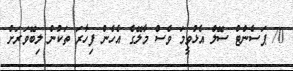
70 ޕަސެންޓް ސޭލް އެޅުވީމަ ވެސް މާލޭގެ އެހެން ފިހާރަ ތަކުން ލިބޭވަރަށް